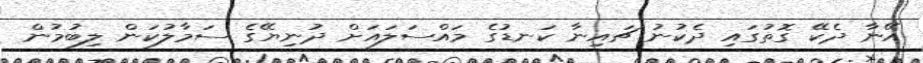
އޭނާ ދެކޭ ގޮތުގައި ދެކުނު ޗައިނާ ކަނޑުގެ މައްސަލައަށް ދުނިޔޭގެ ސަމާލުކަން ލިބުމުން